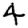
Digit: 4